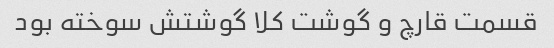
قسمت قارچ و گوشت کلا گوشتش سوخته بود